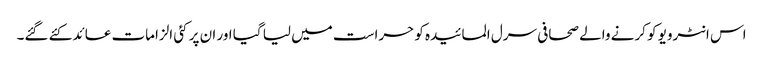
اس انٹرویو کو کرنے والے صحافی سرل المائیدہ کو حراست میں لیا گیا اور ان پر کئی الزامات عائد کئے گئے۔